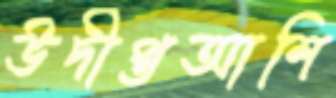
উদীপ্তআশি